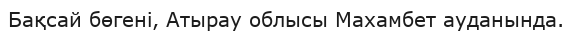
Бақсай бөгені, Атырау облысы Махамбет ауданында.